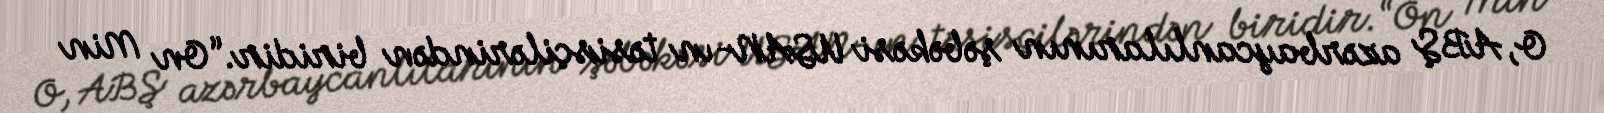
O, ABŞ azərbaycanlılarının şəbəkəsi USAN-ın təsisçilərindən biridir.“On Min